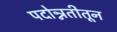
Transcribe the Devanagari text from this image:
पदोन्नतीतून